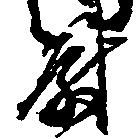
尉